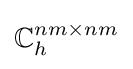
\mathbb {C} _{h}^{nm\times nm}